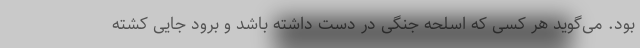
بود. می‌گوید هر کسی که اسلحه جنگی در دست داشته باشد و برود جایی کشته